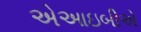
એઆઇબીએ